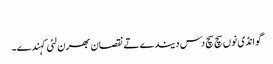
‏
گوانڈی نوں سچ سچ دس دیندے تے نقصان بھرن لئی کہندے۔